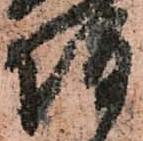
坂